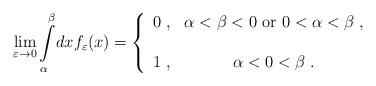
LaTeX: \begin{align*}\lim_{\varepsilon \rightarrow 0} \int\limits_\alpha^\beta \! dxf_\varepsilon (x) = \left\{ \begin{array}{cc} 0 \;, & \alpha < \beta < 0 \mathrm{\ or \ } 0 < \alpha < \beta \;, \\ \\ 1 \;, & \alpha < 0 < \beta \;. \end{array}\right.\end{align*}